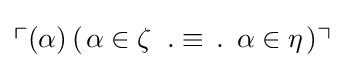
\ulcorner (\alpha )\,(\left.\alpha \in \zeta \right.\;.\equiv \,.\,\left.\alpha \in \eta \right.)\urcorner